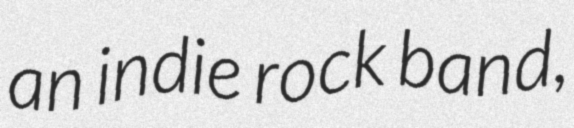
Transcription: an indie rock band,